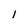
Character: 1